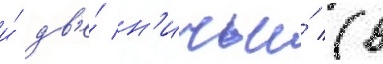
и́ дв'е́ н'ичьи́ (в